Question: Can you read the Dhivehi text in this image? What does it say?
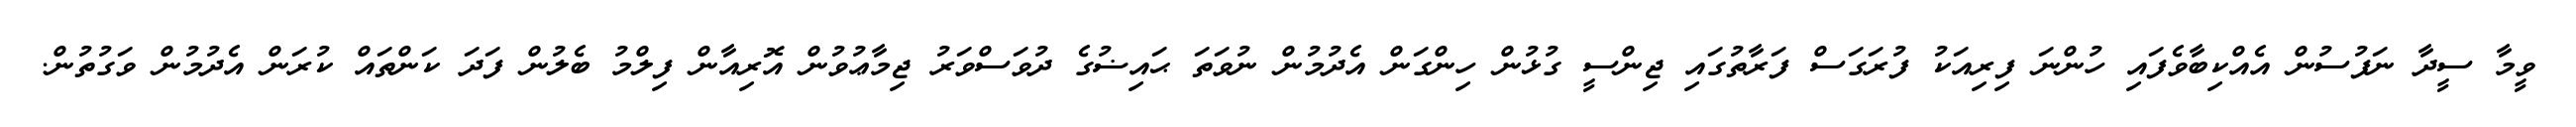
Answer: ވީމާ ސީދާ ނަފުސުން އެއްކިބާވެފައި ހުންނަ ފިރިއަކު ފުރަގަސް ފަރާތުގައި ޖިންސީ ގުޅުން ހިންގަން އެދުމުން ނުވަތަ ޙައިޟުގެ ދުވަސްވަރު ޖިމާޢުވުން އޮރިއާން ފިލްމު ބެލުން ފަދަ ކަންތައް ކުރަން އެދުމުން ވަގުތުން.